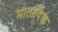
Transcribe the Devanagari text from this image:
मातादिक